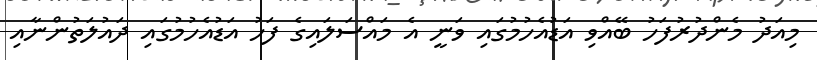
މިއަދު މެންދުރުފަހު ބޭއްވި އަޑުއެހުމުގައި ވަނީ އެ މައްސަލައިގެ ފަހު އަޑުއެހުމުގައި ދައުލަތުންނާއި